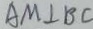
A M \bot B C